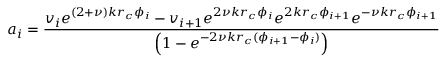
a _ { i } = \frac { v _ { i } e ^ { ( 2 + \nu ) k r _ { c } \phi _ { i } } - v _ { i + 1 } e ^ { 2 \nu k r _ { c } \phi _ { i } } e ^ { 2 k r _ { c } \phi _ { i + 1 } } e ^ { - \nu k r _ { c } \phi _ { i + 1 } } } { \left( 1 - e ^ { - 2 \nu k r _ { c } ( \phi _ { i + 1 } - \phi _ { i } ) } \right) }